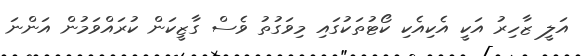
އަލީ ޒާހިރު އަކީ އެކިއެކި ކޯޓުތަކުގައި މިވަގުތު ވެސް ގާޒީކަން ކުރައްވަމުން އަންނަ